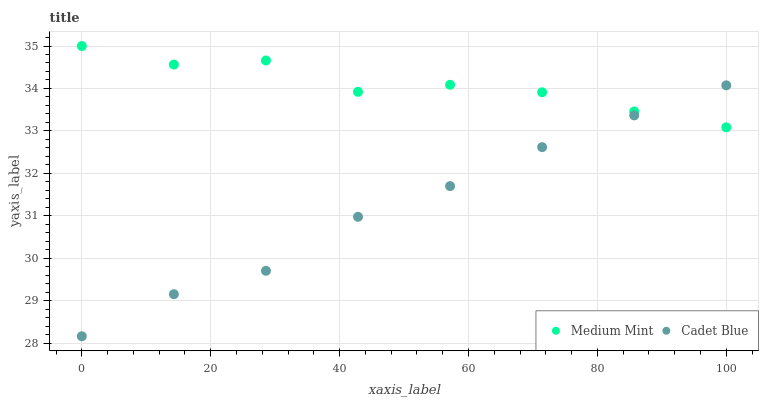
| xaxis_label | Medium Mint | Cadet Blue |
 | --- | --- | --- |
 | 0 | 35 | 28.2 |
 | 14.3 | 34.6 | 29.2 |
 | 28.6 | 34.7 | 29.7 |
 | 42.9 | 33.9 | 31 |
 | 57.1 | 34.1 | 31.7 |
 | 71.4 | 33.9 | 32.6 |
 | 85.7 | 33.5 | 33.4 |
 | 100 | 33.1 | 34.1 |